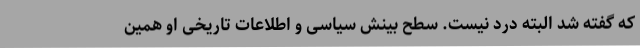
که گفته شد البته درد نیست. سطح بینش سیاسی و اطلاعات تاریخی او همین